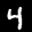
Digit: 4